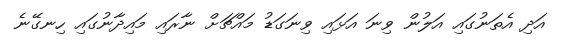
އަދި އެތަނުގައި އަލުން ވިނަ އަޅައި ވިނަގަޑު މައްޗަށް ނާރައި މައިދާނުގައި ހިނގޭނެ